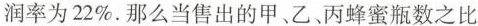
润率为22\%。那么当售出的甲、乙、丙蜂蜜瓶数之比